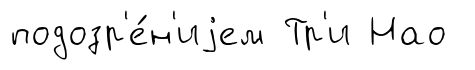
подозр'е́н'иjем Тр'и Нао